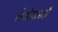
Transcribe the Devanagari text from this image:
लेयोपारदी